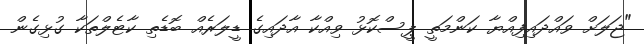
"ޖަލަށް ވައްދައިފިއްޔާ ކަންމަތީ ޕީސްކޮޅު ވިއްކާ އާދައިގެ ޑީލަރެއް ބޮޑެތި ކާޓެލްތަކާ ގުޅިގެން